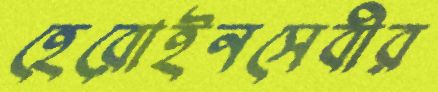
হেরোইনসেবীর